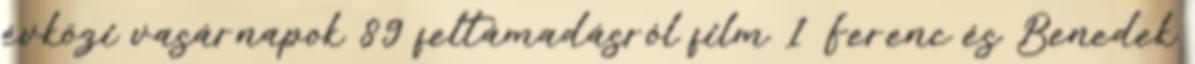
évközi vasárnapok 89 feltámadásról film 1 Ferenc és Benedek